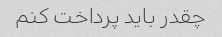
چقدر باید پرداخت کنم